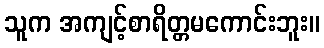
သူက အကျင့်စာရိတ္တမကောင်းဘူး။